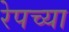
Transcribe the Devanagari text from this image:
रेपच्या